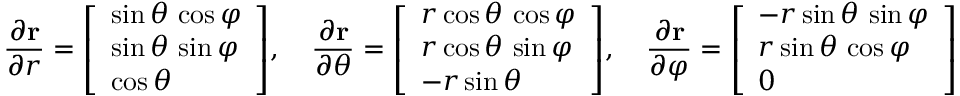
{ \frac { \partial \mathbf { r } } { \partial r } } = { \left[ \begin{array} { l } { \sin \theta \, \cos \varphi } \\ { \sin \theta \, \sin \varphi } \\ { \cos \theta } \end{array} \right] } , \quad { \frac { \partial \mathbf { r } } { \partial \theta } } = { \left[ \begin{array} { l } { r \cos \theta \, \cos \varphi } \\ { r \cos \theta \, \sin \varphi } \\ { - r \sin \theta } \end{array} \right] } , \quad { \frac { \partial \mathbf { r } } { \partial \varphi } } = { \left[ \begin{array} { l } { - r \sin \theta \, \sin \varphi } \\ { r \sin \theta \, \cos \varphi } \\ { 0 } \end{array} \right] } .